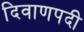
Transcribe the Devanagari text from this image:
दिवाणपदी